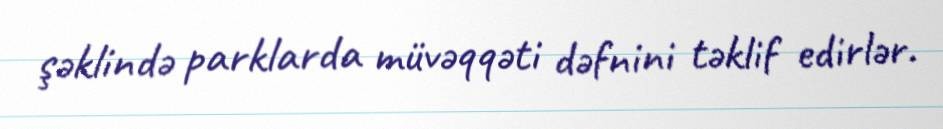
şəklində parklarda müvəqqəti dəfnini təklif edirlər.